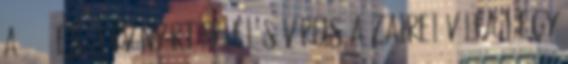
a 2014-es járványért felelős vírus a zairei válfaj egy